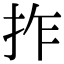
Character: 拃